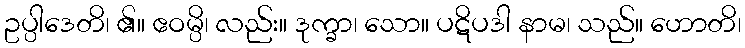
ဥပ္ပါဒေတိ၊ ၏။ ဧဝမ္ပိ၊ လည်း။ ဒုက္ခာ၊ သော။ ပဋိပဒါ နာမ၊ သည်။ ဟောတိ၊